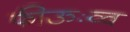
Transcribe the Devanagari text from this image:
फीऊःव्व